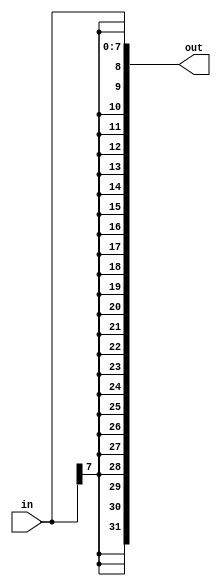
`timescale 1ns / 1ps
//////////////////////////////////////////////////////////////////////////////////
// Company: 
// Engineer: 
// 
// Design Name: 
// Module Name: SignExtend_8To32_C
// Project Name: 
// Target Devices: 
// Tool Versions: 
// Description: 
// 
// Dependencies: 
// 
// Revision:
// Revision 0.01 - File Created
// Additional Comments:
// 
//////////////////////////////////////////////////////////////////////////////////


module SignExtend_8To32_C(in,
                          out);
                           
    input [7:0] in;

    output [31:0] out;

    assign out = { {24{in[7]}}, in};
                           
                           
endmodule